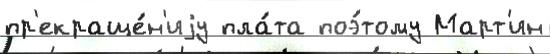
пр'екраще́н'иjу пла́та поэ́тому Март'ин